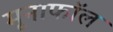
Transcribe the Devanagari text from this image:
मूनाफॉल